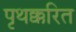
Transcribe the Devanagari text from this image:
पृथक्करित